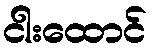
ငါးထောင်